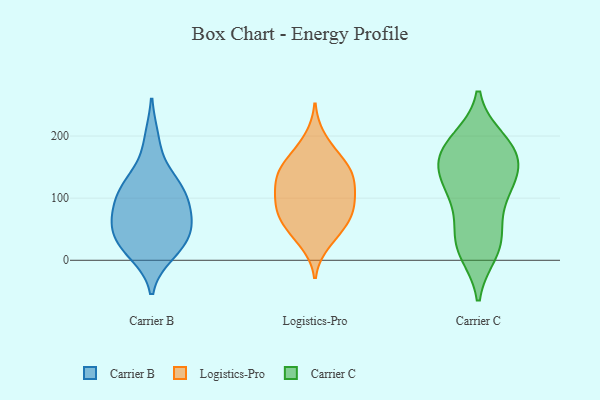
{"axis": {"x": "Energy Usage (MWh)", "y": "Value"}, "legend": ["Carrier B", "Carrier C", "Logistics-Pro"], "data": [{"x": "", "y": 106, "type": "Carrier B"}, {"x": "", "y": 194, "type": "Carrier B"}, {"x": "", "y": 131, "type": "Carrier B"}, {"x": "", "y": 82, "type": "Carrier B"}, {"x": "", "y": 60, "type": "Carrier B"}, {"x": "", "y": 20, "type": "Carrier B"}, {"x": "", "y": 29, "type": "Carrier B"}, {"x": "", "y": 38, "type": "Carrier B"}, {"x": "", "y": 57, "type": "Carrier B"}, {"x": "", "y": 73, "type": "Carrier B"}, {"x": "", "y": 12, "type": "Carrier B"}, {"x": "", "y": 123, "type": "Carrier B"}, {"x": "", "y": 110, "type": "Carrier B"}, {"x": "", "y": 87, "type": "Logistics-Pro"}, {"x": "", "y": 141, "type": "Logistics-Pro"}, {"x": "", "y": 119, "type": "Logistics-Pro"}, {"x": "", "y": 197, "type": "Logistics-Pro"}, {"x": "", "y": 153, "type": "Logistics-Pro"}, {"x": "", "y": 77, "type": "Logistics-Pro"}, {"x": "", "y": 120, "type": "Logistics-Pro"}, {"x": "", "y": 88, "type": "Logistics-Pro"}, {"x": "", "y": 150, "type": "Logistics-Pro"}, {"x": "", "y": 37, "type": "Logistics-Pro"}, {"x": "", "y": 152, "type": "Logistics-Pro"}, {"x": "", "y": 59, "type": "Logistics-Pro"}, {"x": "", "y": 64, "type": "Logistics-Pro"}, {"x": "", "y": 108, "type": "Logistics-Pro"}, {"x": "", "y": 174, "type": "Logistics-Pro"}, {"x": "", "y": 61, "type": "Logistics-Pro"}, {"x": "", "y": 27, "type": "Logistics-Pro"}, {"x": "", "y": 131, "type": "Logistics-Pro"}, {"x": "", "y": 97, "type": "Logistics-Pro"}, {"x": "", "y": 14, "type": "Carrier C"}, {"x": "", "y": 167, "type": "Carrier C"}, {"x": "", "y": 20, "type": "Carrier C"}, {"x": "", "y": 182, "type": "Carrier C"}, {"x": "", "y": 114, "type": "Carrier C"}, {"x": "", "y": 81, "type": "Carrier C"}, {"x": "", "y": 131, "type": "Carrier C"}, {"x": "", "y": 170, "type": "Carrier C"}, {"x": "", "y": 155, "type": "Carrier C"}, {"x": "", "y": 193, "type": "Carrier C"}, {"x": "", "y": 134, "type": "Carrier C"}, {"x": "", "y": 33, "type": "Carrier C"}, {"x": "", "y": 36, "type": "Carrier C"}, {"x": "", "y": 186, "type": "Carrier C"}, {"x": "", "y": 113, "type": "Carrier C"}]}